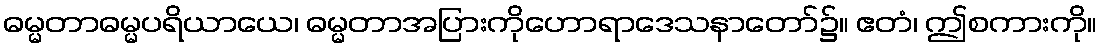
ဓမ္မတာဓမ္မပရိယာယေ၊ ဓမ္မတာအပြားကိုဟောရာဒေသနာတော်၌။ ဧတံ၊ ဤစကားကို။